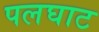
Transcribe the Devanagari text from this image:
पलघाट